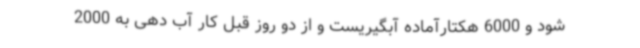
شود و 6000 هکتارآماده آبگیریست ‌و از دو روز قبل کار آب دهی به 2000